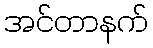
အင်တာနက်